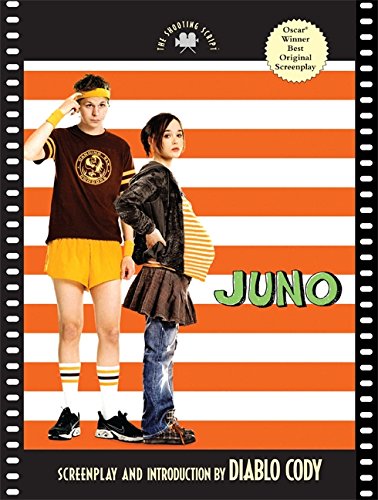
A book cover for Juno: The Shooting Script; Diablo Cody; Humor & Entertainment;